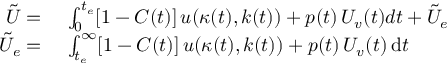
\begin{array} { r l } { \tilde { U } = } & { \ \int _ { 0 } ^ { t _ { e } } [ 1 - C ( t ) ] \, u ( \kappa ( t ) , k ( t ) ) + p ( t ) \, U _ { v } ( t ) d t + \tilde { U } _ { e } } \\ { \tilde { U } _ { e } = } & { \ \int _ { t _ { e } } ^ { \infty } [ 1 - C ( t ) ] \, u ( \kappa ( t ) , k ( t ) ) + p ( t ) \, U _ { v } ( t ) \, \mathrm { d } t } \end{array}